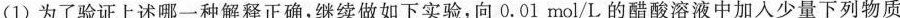
(1)为了验证上述哪一种解释正确，继续做如下实验，向0.01mol/L的醋酸溶液中加入少量下列物质